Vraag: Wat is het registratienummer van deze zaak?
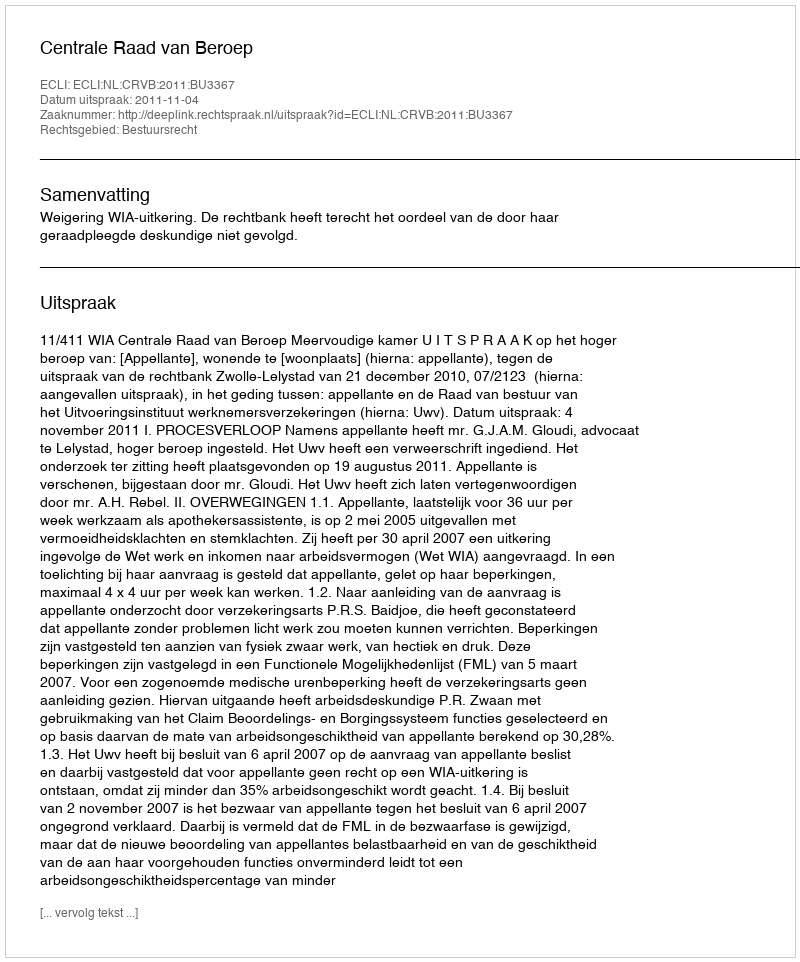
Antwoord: http://deeplink.rechtspraak.nl/uitspraak?id=ECLI:NL:CRVB:2011:BU3367